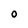
Character: O